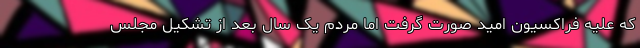
که علیه فراکسیون امید صورت گرفت اما مردم یک سال بعد از تشکیل مجلس